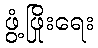
ဖွံ့ဖြိုးရေး